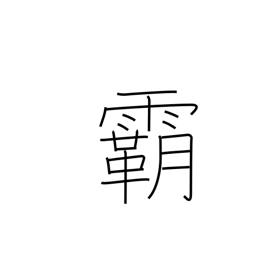
Meaning: leadership